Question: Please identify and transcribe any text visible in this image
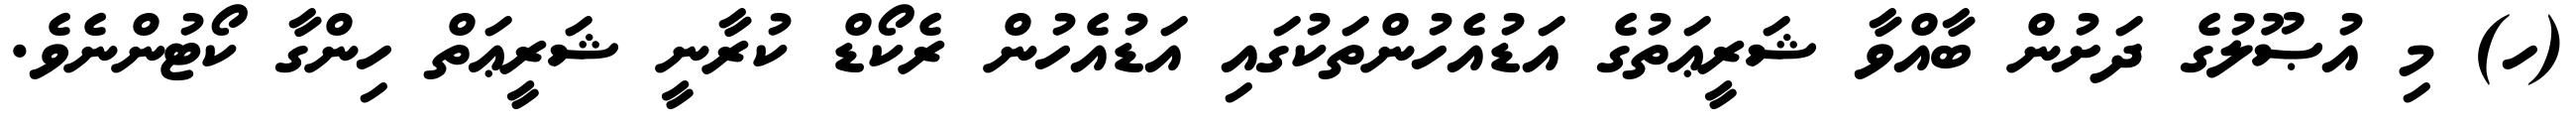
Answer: (ހ) މި އުޞޫލުގެ ދަށުން ބާއްވާ ޝަރީޢަތުގެ އަޑުއެހުންތަކުގައި އަޑުއެހުން ރެކޯޑް ކުރާނީ ޝަރީޢަތް ހިންގާ ކޯޓުންނެވެ.